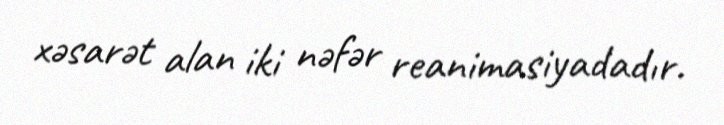
xəsarət alan iki nəfər reanimasiyadadır.